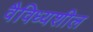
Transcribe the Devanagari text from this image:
वैविध्यशील